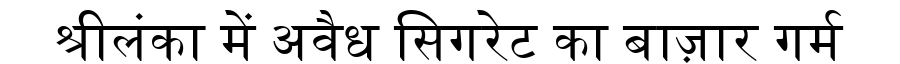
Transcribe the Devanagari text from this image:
श्रीलंका में अवैध सिगरेट का बाज़ार गर्म